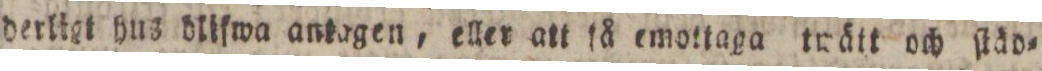
derligt hus dlifwa antagen, eller att få emottaga twätt och ſtäd=